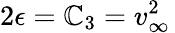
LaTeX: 2\epsilon=\mathbb{C}_{3}=v_{\infty}^{2}\,